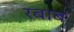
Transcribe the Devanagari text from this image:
रबाब